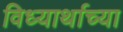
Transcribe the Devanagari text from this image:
विध्यार्थाच्या